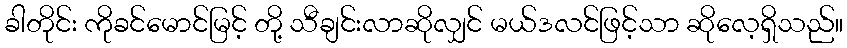
ခါတိုင်း ကိုခင်မောင်မြင့် တို့ သီချင်းလာဆိုလျှင် မယ်ဒလင်ဖြင့်သာ ဆိုလေ့ရှိသည်။